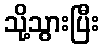
သို့သွားပြီး